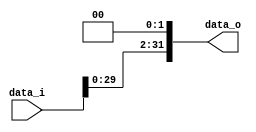

module Shift_Left_Two_32(
    data_i,
    data_o
    );

//I/O ports
input [32-1:0] data_i;
output [32-1:0] data_o;

assign data_o= data_i<<2;

endmodule